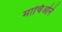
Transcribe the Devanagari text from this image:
मार्चिओने